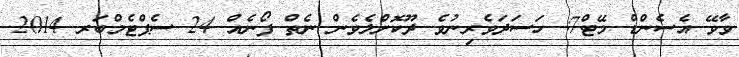
ވާވޭ އެސެންޑް މޭޓް7: ހަސަދަވެރިނުވެ ދޫކޮށްލެވެން ނެތް ފޯނެއް 24 ސެޕްޓެމްބަރ 2014